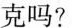
克吗?